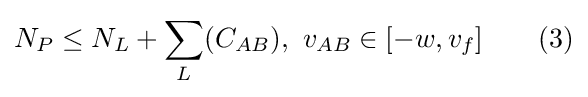
N_{P}\leq N_{L}+\sum _{L}(C_{AB}),\ v_{AB}\in [-w,v_{f}]\qquad (3)